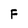
Character: F